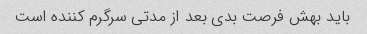
باید بهش فرصت بدی بعد از مدتی سرگرم کننده است